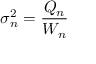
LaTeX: \sigma _ { n } ^ { 2 } = { \frac { Q _ { n } } { W _ { n } } }